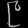
Digit: ၉